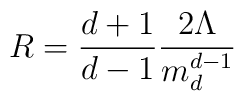
R=\frac{d+1}{d-1}\frac{2\Lambda}{m_d^{d-1}}